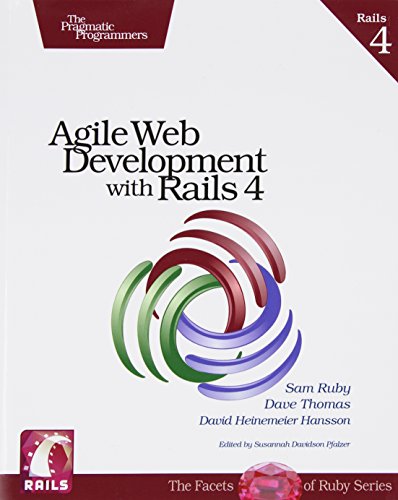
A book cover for Agile Web Development with Rails 4 (Facets of Ruby); Sam Ruby; Computers & Technology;